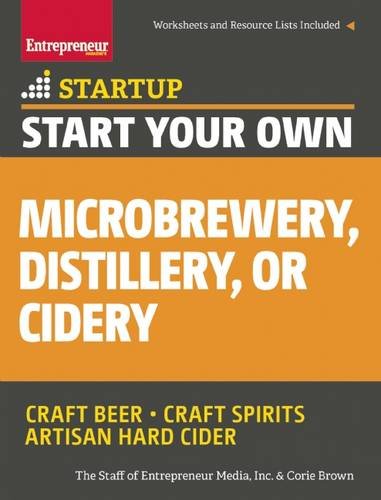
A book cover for Start Your Own Microbrewery, Distillery, or Cidery: Your Step-By-Step Guide to Success (StartUp Series); The Staff of Entrepreneur Media; Cookbooks, Food & Wine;